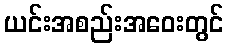
ယင်းအစည်းအဝေးတွင်